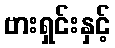
ဗားရှင်းနှင့်